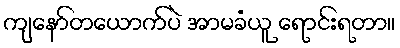
ကျနော်တယောက်ပဲ အာမခံယူ ရောင်းရတာ။